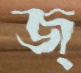
জ্